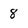
Character: 8